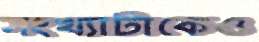
সংখ্যাটাকেও